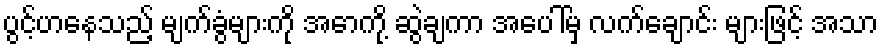
ပွင့်ဟနေသည့် မျက်ခွံများကို အောက်ို့ ဆွဲချကာ အပေါ်မှ လက်ချောင်း များဖြင့် အသာ